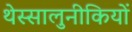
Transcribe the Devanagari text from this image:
थेस्सालुनीकियों